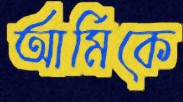
আর্মিকে